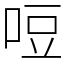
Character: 哣